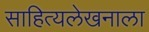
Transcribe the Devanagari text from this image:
साहित्यलेखनाला